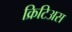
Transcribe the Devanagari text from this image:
क्रिटिअस